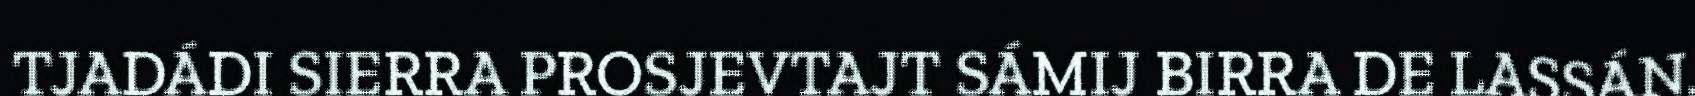
TJADÁDI SIERRA PROSJEVTAJT SÁMIJ BIRRA DE LASSÁN.